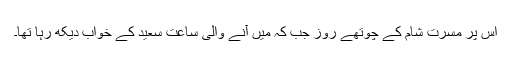
اس پُر مسرت شام کے چوتھے روز جب کہ میں آنے والی ساعتِ سعید کے خواب دیکھ رہا تھا۔